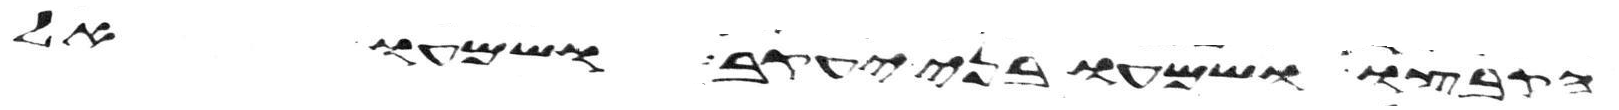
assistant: הקבצו ושמעו בני יעקב ושמעו אל